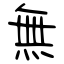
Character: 無